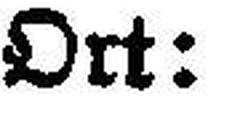
Ort: